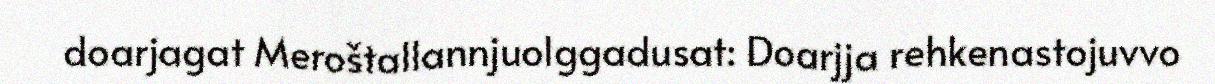
doarjagat Meroštallannjuolggadusat: Doarjja rehkenastojuvvo